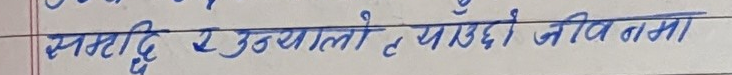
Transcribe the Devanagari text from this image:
समृद्धि र उज्यालो प्याउँदो नविनतामा